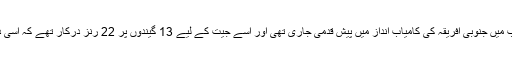
انگلینڈ کے 253 رنز کے ہدف کے تعاقب میں جنوبی افریقہ کی کامیاب انداز میں پیش قدمی جاری تھی اور اسے جیت کے لیے 13 گیندوں پر 22 رنز درکار تھے کہ اسی دوران میچ میں بارش نے مداخلت کر دی۔